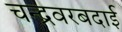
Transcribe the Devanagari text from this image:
चन्द्रवरबदाई